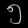
Digit: ၅